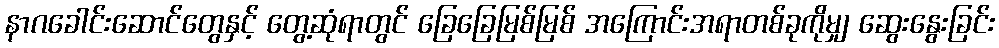
နာဂခေါင်းဆောင်တွေနှင့် တွေ့ဆုံရာတွင် ခြေခြေမြစ်မြစ် အကြောင်းအရာတစ်ခုကိုမျှ ဆွေးနွေးခြင်း